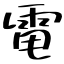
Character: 電